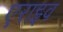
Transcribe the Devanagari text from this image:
एराइव